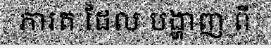
ភារត ដែល បង្ហាញ ពី